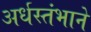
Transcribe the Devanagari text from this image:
अर्धस्तंभाने